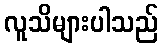
လူသိများပါသည်